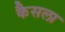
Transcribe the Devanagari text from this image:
कैसला